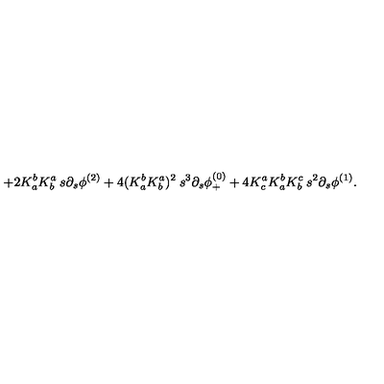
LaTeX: + 2 K _ { a } ^ { b } K _ { b } ^ { a } \: s \partial _ { s } \phi ^ { ( 2 ) } + 4 ( K _ { a } ^ { b } K _ { b } ^ { a } ) ^ { 2 } \: s ^ { 3 } \partial _ { s } \phi _ { + } ^ { ( 0 ) } + 4 K _ { c } ^ { a } K _ { a } ^ { b } K _ { b } ^ { c } \: s ^ { 2 } \partial _ { s } \phi ^ { ( 1 ) } .